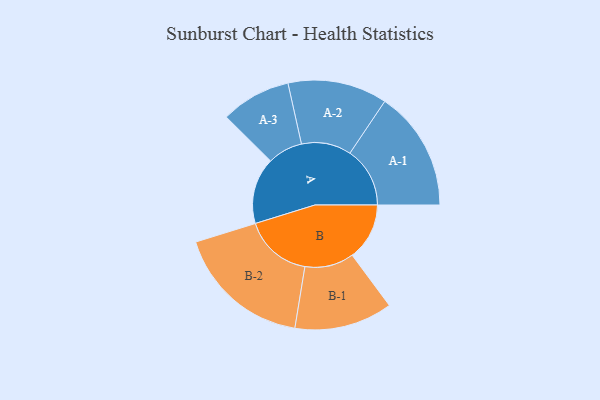
{"axis": {"x": "Segment", "y": "Value"}, "legend": ["", "A", "B"], "data": [{"x": "A", "y": 284, "type": ""}, {"x": "B", "y": 245, "type": ""}, {"x": "A-1", "y": 257, "type": "A"}, {"x": "A-2", "y": 213, "type": "A"}, {"x": "A-3", "y": 150, "type": "A"}, {"x": "B-1", "y": 210, "type": "B"}, {"x": "B-2", "y": 291, "type": "B"}]}